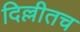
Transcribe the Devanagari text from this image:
दिल्लीतच